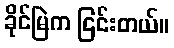
ခိုင်မြဲက ငြင်းတယ်။